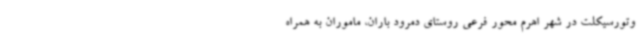
وتورسیکلت در شهر اهرم محور فرعی روستای دمرود باران، ماموران به همراه